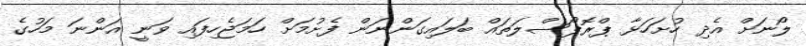
ލޯނަށް އެދި ހުށަހަޅާ ޕްރޮޕޯސްލަތައް ބަލައިގަންނަން ފެށުމަށް ހަމަޖެހިފައި ވަނީ އަންނަ މަހުގެ